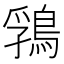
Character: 䳕